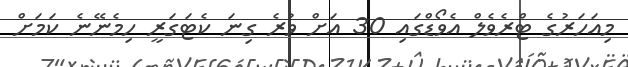
މިއަހަރުގެ ޓްރެވެލް އެވޯޑްގައި 30 އަށް ވުރެ ގިނަ ކެޓަގަރީ ހިމެނޭނެ ކަމަށް